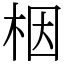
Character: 栶